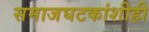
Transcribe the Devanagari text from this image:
समाजघटकांशीही